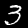
Label: 3